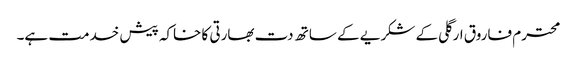
محترم فاروق ارگلی کے شکریے کے ساتھ دت بھارتی کا خاکہ پیش خدمت ہے۔